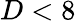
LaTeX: D<8